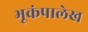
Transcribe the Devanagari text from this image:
भूकंपालेख